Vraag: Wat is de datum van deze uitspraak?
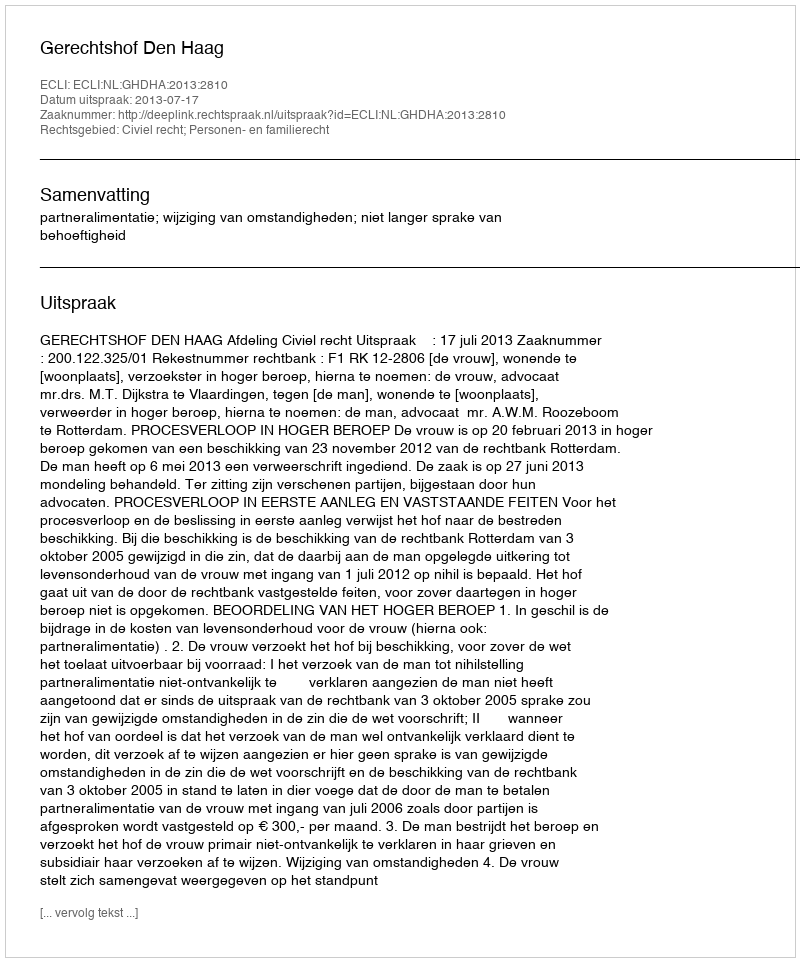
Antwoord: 2013-07-17